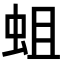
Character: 蛆